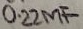
Text: 0.22µF